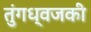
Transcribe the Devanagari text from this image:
तुंगध्वजकी